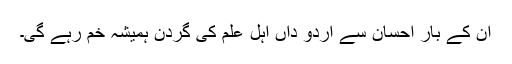
ان کے بار احسان سے اردو داں اہل علم کی گردن ہمیشہ خم رہے گی۔